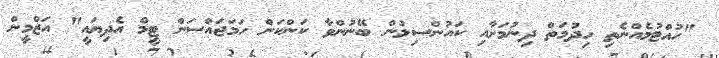
"ހުއްޓުމެއްނެތި ހިދުމަތް ދިނުމަށާއި ކައުންސިލުން ބޭނުންވާ ކަންކަން ހަމަޖައްސަން ޓީމް އެދިޔައީ" އަޒްމީން